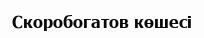
Скоробогатов көшесі